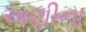
અણીના